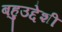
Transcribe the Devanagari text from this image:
बहुउद्देशी